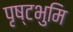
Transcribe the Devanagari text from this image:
पृष्टभुमि